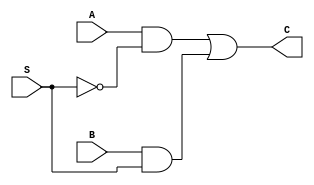
`timescale 1ns / 1ps

/*******************************************************************
*
* Module: Datapath.v
* Project: Pipelined-RISCV
* Author1: Yahya Abbas.
* Author2: Ali Ghazal.
* Author3: Omer Hassan.
* Description: Pipelined RISCV processor with support for RV32IC instructions that map to true 32I instructions
*              and support for the full RV32IM instruction set.
* Change history:
**********************************************************************/

module MUX2by1(
    input A, 
    input B, 
    input S, 
    output C);

assign C = (A&~S)|(B&S);

endmodule